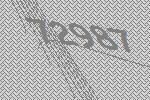
72987